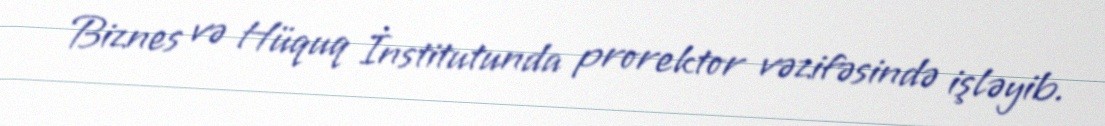
Biznes və Hüquq İnstitutunda prorektor vəzifəsində işləyib.